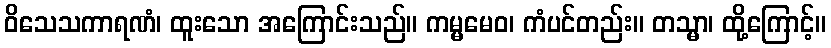
ဝိသေသကာရဏံ၊ ထူးသော အကြောင်းသည်။ ကမ္မမေဝ၊ ကံပင်တည်း။ တသ္မာ၊ ထို့ကြောင့်။